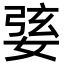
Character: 婱